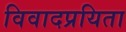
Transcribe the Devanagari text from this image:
विवादप्रयिता